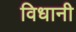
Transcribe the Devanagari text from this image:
विधानी